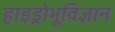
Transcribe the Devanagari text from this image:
हाइड्रोभूविज्ञान